Report on malaria in the Punjab during the year ...  together with an account of the work of the Punjab Malaria Bureau - Volume 6
Disease focus: Malaria
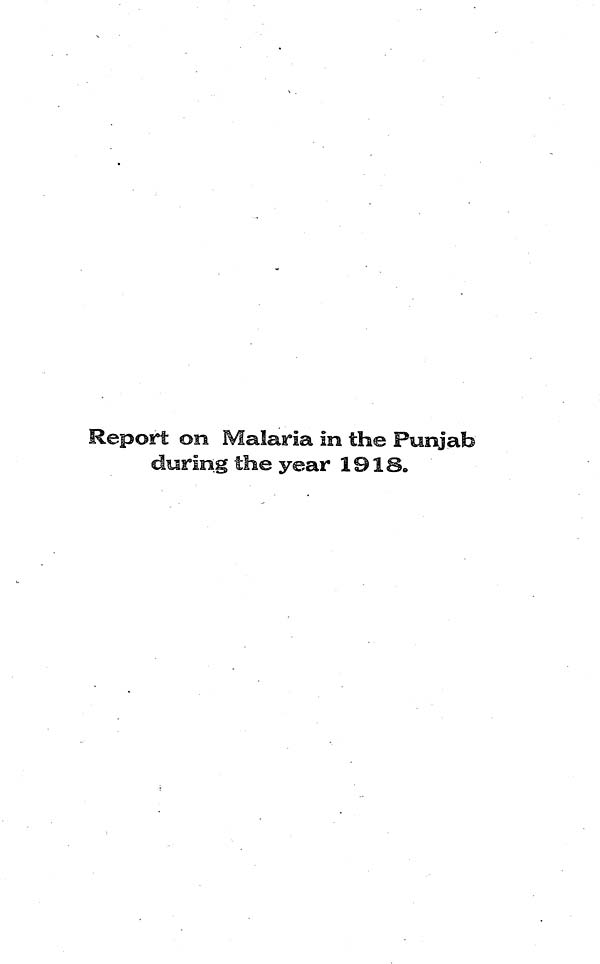
Report on Malaria in the Punjab